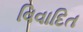
વિવાદિત